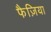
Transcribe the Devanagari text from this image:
फैज़िया